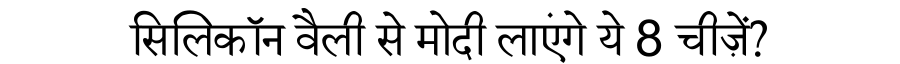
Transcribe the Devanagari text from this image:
सिलिकॉन वैली से मोदी लाएंगे ये 8 चीज़ें?